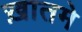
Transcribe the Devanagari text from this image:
ख़ातमे